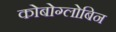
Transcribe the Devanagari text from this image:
कोबोग्लोबिन